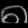
Digit: ၈